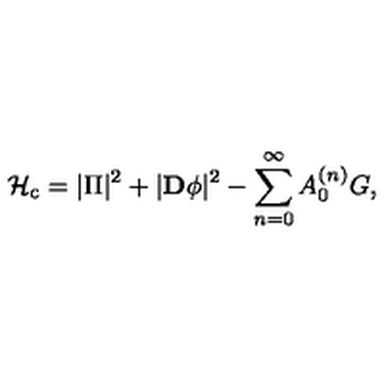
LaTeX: { \cal H } _ { \mathrm { c } } = | \Pi | ^ { 2 } + | { \bf D } \phi | ^ { 2 } - \sum _ { n = 0 } ^ { \infty } A _ { 0 } ^ { ( n ) } G ,